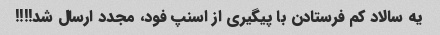
یه سالاد کم فرستادن با پیگیری از اسنپ فود، مجدد ارسال شد!!!!